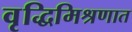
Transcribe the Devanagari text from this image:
वृद्धिमिश्रणात